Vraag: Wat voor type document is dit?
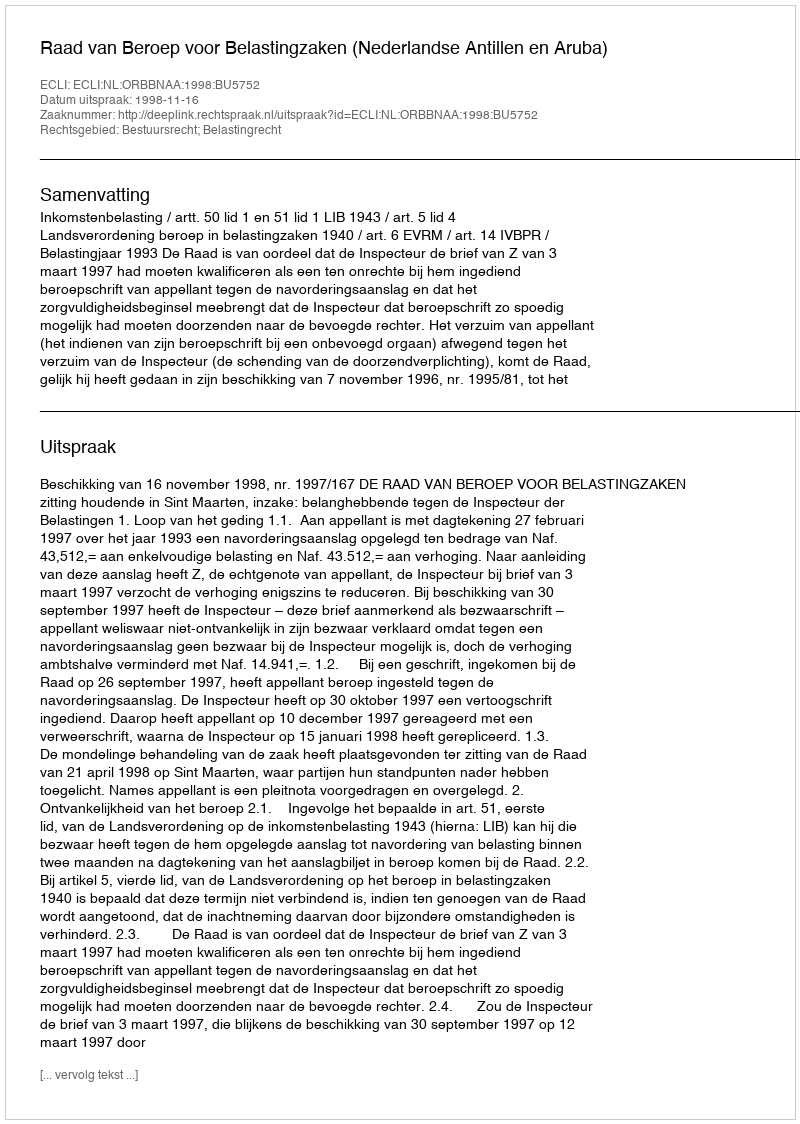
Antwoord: Uitspraak